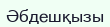
Әбдешқызы